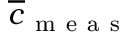
\overline { { c } } _ { \mathrm { ~ m ~ e ~ a ~ s ~ } }